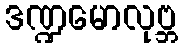
ဒဏ္ဍမောလုဗ္ဘ